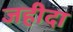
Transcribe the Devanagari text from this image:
जहीदा